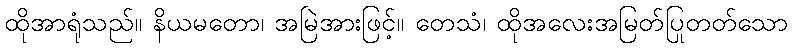
ထိုအာရုံသည်။ နိယမတော၊ အမြဲအားဖြင့်။ တေသံ၊ ထိုအလေးအမြတ်ပြုတတ်သော